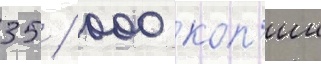
35 / 000 коп'ии